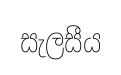
සැලසීය